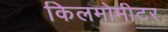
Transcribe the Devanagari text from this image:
किलमोमीटर